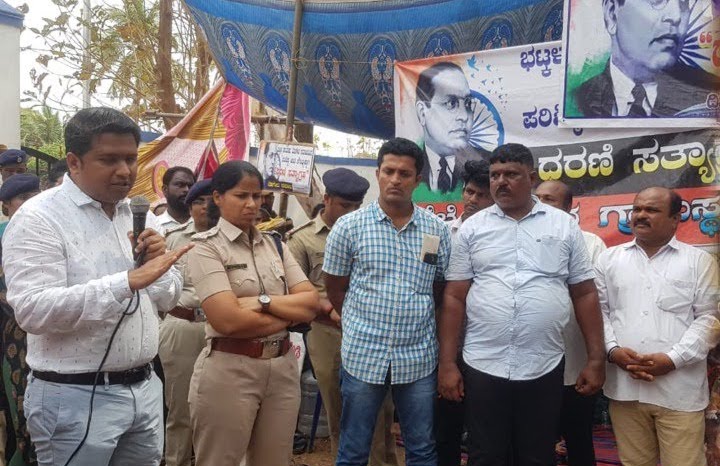
Language: kannada
Transcription: ದರಣಿ